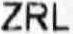
ZRL